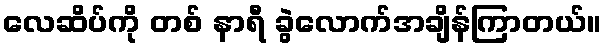
လေဆိပ်ကို တစ် နာရီ ခွဲလောက်အချိန်ကြာတယ်။